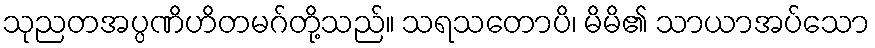
သုညတအပ္ပဏိဟိတမဂ်တို့သည်။ သရသတောပိ၊ မိမိ၏ သာယာအပ်သော